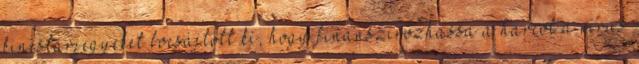
kincstárjegyeket bocsájtott ki, hogy finanszírozhassa a harcot a vírus